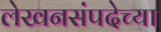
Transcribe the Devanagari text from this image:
लेखनसंपदेच्या